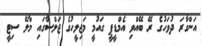
އަންގާރަ ދުވަހުގެ ރޭ ބޭއްވި އެމްޑީޕީ ގައުމީ މަޖިލީހުގެ ޖަލްސާގައި މާލޭ ސިޓީ